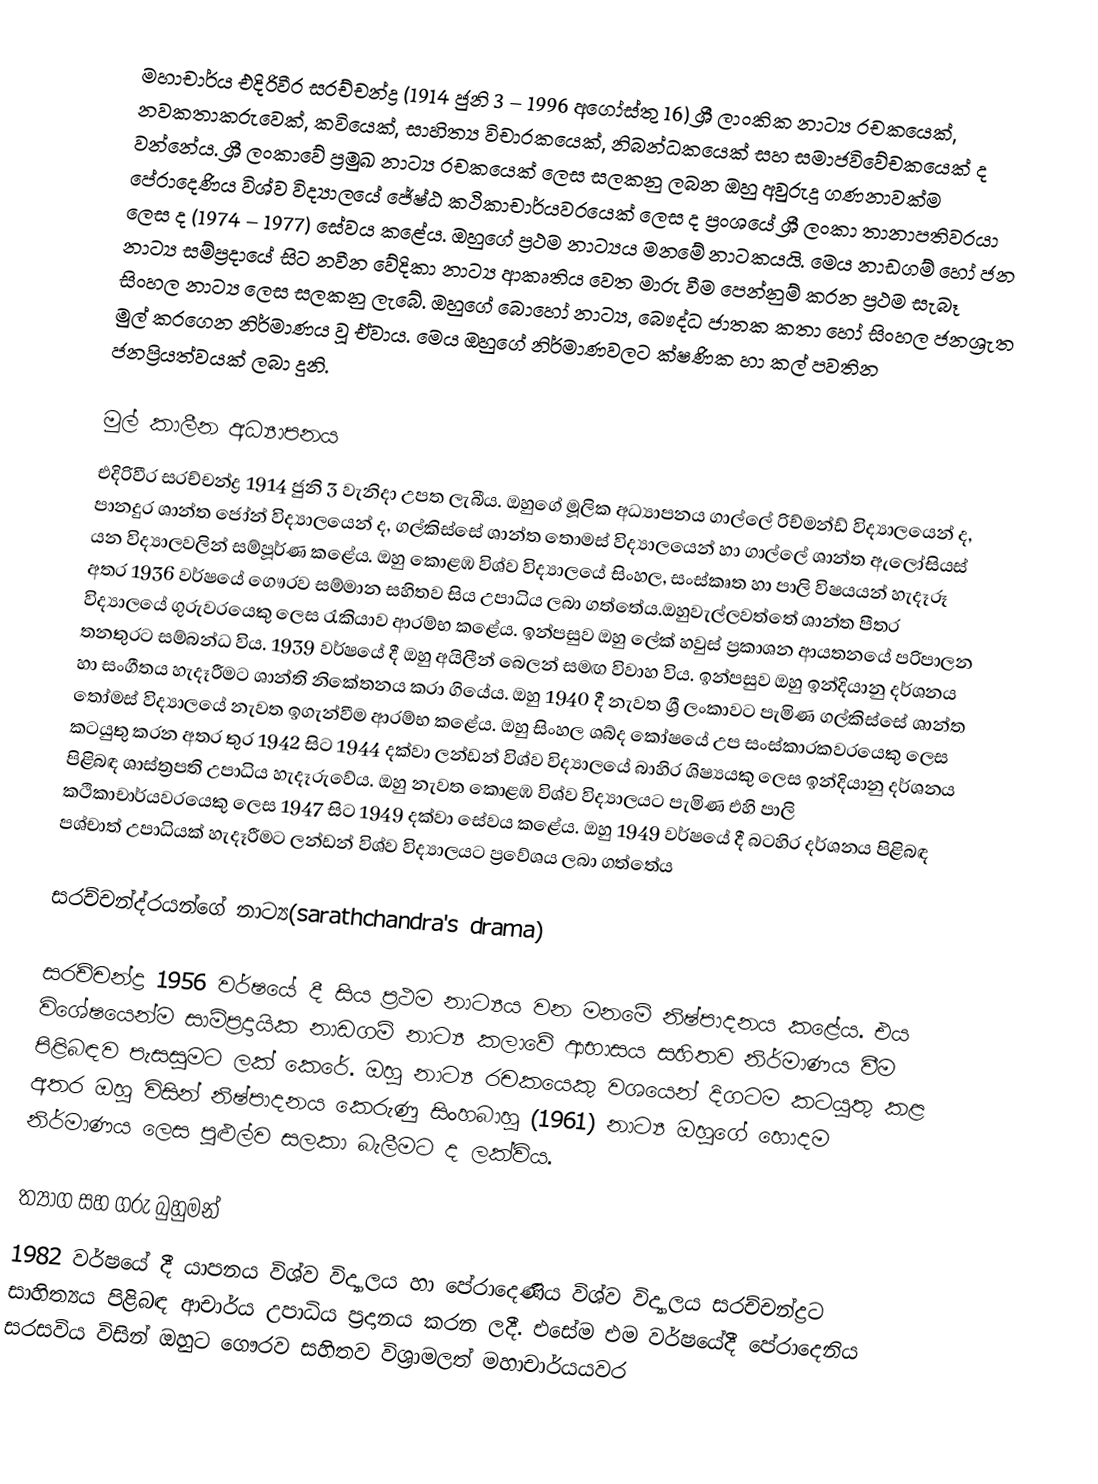
මහාචාර්ය එදිරිවීර සරච්චන්ද්‍ර (1914 ජුනි 3 – 1996 අගෝස්තු 16) ශ්‍රී ලාංකික නාට්‍ය රචකයෙක්, නවකතාකරුවෙක්, කවියෙක්, සාහිත්‍ය විචාරකයෙක්, නිබන්ධකයෙක් සහ සමාජවිවේචකයෙක් ද වන්නේය. ශ්‍රී ලංකාවේ ප්‍රමුඛ නාට්‍ය රචකයෙක් ලෙස සලකනු ලබන ඔහු අවුරුදු ගණනාවක්ම පේරාදෙණිය විශ්ව විද්‍යා‍ලයේ ජේෂ්ඨ කථිකාචාර්යවරයෙක් ලෙස ද ප්‍රංශයේ ශ්‍රී ලංකා තානාපතිවර‍යා ලෙස ද (1974 – 1977) සේවය කළේය. ඔහුගේ ප්‍රථම නාට්‍යය මනමේ  නාටකයයි. මෙය නාඩගම් හෝ ජන නාට්‍ය සම්ප්‍රදායේ සිට නවීන වේදිකා නාට්‍ය ආකෘතිය වෙත මාරු වීම පෙන්නුම් කරන ප්‍රථම සැබෑ සිංහල නාට්‍ය ලෙස සලකනු ලැබේ. ඔහුගේ බොහෝ නාට්‍ය, බෞද්ධ ජාතක කතා හෝ සිංහල ජනශ්‍රැත මුල් කරගෙන නිර්මාණය වූ ඒවාය. මෙය ඔහුගේ නිර්මාණවලට ක්ෂණික හා කල් පවතින ජනප්‍රියත්වයක් ලබා දුනි.

මුල් කාලීන අධ්‍යාපනය
එදිරිවීර සරච්චන්ද්‍ර 1914 ජුනි 3 වැනිදා උපත ලැබීය. ඔහුගේ මූලික අධ්‍යාපනය ගාල්ලේ රිච්මන්ඩ් විද්‍යාලයෙන් ද, පානදුර ශාන්ත ජෝන් විද්‍යාලයෙන් ද, ගල්කිස්සේ ශාන්ත තොමස් විද්‍යාලයෙන් හා ගාල්ලේ ශාන්ත ඇලෝසියස් යන විද්‍යාලවලින් සම්පූර්ණ කළේය. ඔහු කොළඹ විශ්ව විද්‍යාලයේ සිංහල, සංස්කෘත හා පාලි විෂයයන් හැදෑරූ අතර 1936 වර්ෂයේ ගෞරව සම්මාන සහිතව සිය උපාධිය ලබා ගත්තේය.ඔහුවැල්ලවත්තේ ශාන්ත පීතර විද්‍යාලයේ ගුරුවරයෙකු ලෙස රැකියාව ආරම්භ කළේය. ඉන්පසුව ඔහු ලේක් හවුස් ප්‍රකාශන ආයතනයේ පරිපාලන තනතුරට සම්බන්ධ විය. 1939 වර්ෂයේ දී ඔහු අයිලීන් බෙලන් සමඟ විවාහ විය. ඉන්පසුව ඔහු ඉන්දියානු දර්ශනය හා සංගීතය හැදෑරීමට ශාන්ති නිකේතනය ‍කරා ගියේය. ඔහු 1940 දී නැවත ශ්‍රී ලංකාවට පැමිණ ගල්කිස්සේ ශාන්ත තෝමස් විද්‍යාලයේ නැවත ඉගැන්වීම ආරම්භ කළේය. ඔහු සිංහල ශබ්ද කෝෂයේ උප සංස්කාරකවරයෙකු ලෙස කටයුතු කරන අතර තුර 1942 සිට 1944 දක්වා ලන්ඩන් විශ්ව විද්‍යාලයේ බාහිර ශිෂ්‍යයකු ලෙස ඉන්දියානු දර්ශනය පිළිබඳ ශාස්ත්‍රපති උපාධිය හැදෑරුවේය. ඔහු නැවත කොළඹ විශ්ව විද්‍යාලයට පැමිණ එහි පාලි කථිකාචාර්යවරයෙකු ලෙස 1947 සිට 1949 දක්වා සේවය කළේය. ඔහු 1949 වර්ෂයේ දී බටහිර දර්ශනය පිළිබඳ පශ්චාත් උපාධියක් හැදෑරීමට ලන්ඩන් විශ්ව විද්‍යාලයට ප්‍රවේශය ලබා ගත්තේය

සරච්චන්ද්රයන්ගේ නාට්‍ය(sarathchandra's drama)

සරච්චන්ද්‍ර 1956 වර්ෂයේ දී සිය ප්‍රථම නාට්‍යය වන මනමේ නිෂ්පාදනය කළේය. එය විශේෂයෙන්ම සාම්ප්‍රදායික නාඩගම් නාට්‍ය කලාවේ ආභාසය සහිතව නිර්මාණය වීම පිළිබඳව පැසසුමට ලක් කෙරේ. ඔහු නාට්‍ය රචකයෙකු වශයෙන් දිගටම කටයුතු කළ අතර ඔහු විසින් නිෂ්පාදනය කෙරුණු සිංහබාහු (1961) නාට්‍ය ඔහුගේ හොදම නිර්මාණය ‍ලෙස පුළුල්ව සලකා බැලීමට ද ලක්විය.

ත්‍යාග සහ ගරු බුහුමන්
1982 වර්ෂයේ දී යාපනය විශ්ව විද්‍යාලය හා පේරාදෙණිය විශ්ව විද්‍යාලය සරච්චන්ද්‍රට සාහිත්‍යය පිළිබඳ ආචාර්ය උපාධිය ප්‍රදානය කරන ලදී. එසේම එම වර්ෂයේදී පේරාදෙනිය සරසවිය විසින් ඔහුට ගෞරව සහිතව විශ්‍රාමලත් මහාචාර්යයවර